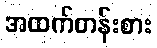
အထက်တန်းစား